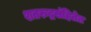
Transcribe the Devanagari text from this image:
शतरुद्रसंहितेत